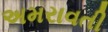
અમરાવતી